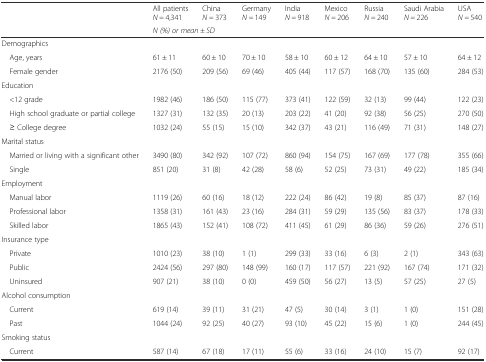
<table><thead><tr><td></td><td><b>All patients <i>N =</i> 4,341</b></td><td><b>China <i>N =</i> 373</b></td><td><b>Germany <i>N =</i> 149</b></td><td><b>India <i>N =</i> 918</b></td><td><b>Mexico <i>N =</i> 206</b></td><td><b>Russia <i>N =</i> 240</b></td><td><b>Saudi Arabia <i>N =</i> 226</b></td><td><b>USA <i>N =</i> 540</b></td></tr><tr><td></td><td colspan="8"><b><i>N (%) or mean ± SD</i></b></td></tr></thead><tbody><tr><td>Demographics</td><td></td><td></td><td></td><td></td><td></td><td></td><td></td><td></td></tr><tr><td> Age, years</td><td>61 ± 11</td><td>60 ± 10</td><td>70 ± 10</td><td>58 ± 10</td><td>60 ± 12</td><td>64 ± 10</td><td>57 ± 10</td><td>64 ± 12</td></tr><tr><td> Female gender</td><td>2176 (50)</td><td>209 (56)</td><td>69 (46)</td><td>405 (44)</td><td>117 (57)</td><td>168 (70)</td><td>135 (60)</td><td>284 (53)</td></tr><tr><td>Education</td><td></td><td></td><td></td><td></td><td></td><td></td><td></td><td></td></tr><tr><td> &lt;12 grade</td><td>1982 (46)</td><td>186 (50)</td><td>115 (77)</td><td>373 (41)</td><td>122 (59)</td><td>32 (13)</td><td>99 (44)</td><td>122 (23)</td></tr><tr><td> High school graduate or partial college</td><td>1327 (31)</td><td>132 (35)</td><td>20 (13)</td><td>203 (22)</td><td>41 (20)</td><td>92 (38)</td><td>56 (25)</td><td>270 (50)</td></tr><tr><td> ≥ College degree</td><td>1032 (24)</td><td>55 (15)</td><td>15 (10)</td><td>342 (37)</td><td>43 (21)</td><td>116 (49)</td><td>71 (31)</td><td>148 (27)</td></tr><tr><td>Marital status</td><td></td><td></td><td></td><td></td><td></td><td></td><td></td><td></td></tr><tr><td> Married or living with a significant other</td><td>3490 (80)</td><td>342 (92)</td><td>107 (72)</td><td>860 (94)</td><td>154 (75)</td><td>167 (69)</td><td>177 (78)</td><td>355 (66)</td></tr><tr><td> Single</td><td>851 (20)</td><td>31 (8)</td><td>42 (28)</td><td>58 (6)</td><td>52 (25)</td><td>73 (31)</td><td>49 (22)</td><td>185 (34)</td></tr><tr><td>Employment</td><td></td><td></td><td></td><td></td><td></td><td></td><td></td><td></td></tr><tr><td> Manual labor</td><td>1119 (26)</td><td>60 (16)</td><td>18 (12)</td><td>222 (24)</td><td>86 (42)</td><td>19 (8)</td><td>85 (37)</td><td>87 (16)</td></tr><tr><td> Professional labor</td><td>1358 (31)</td><td>161 (43)</td><td>23 (16)</td><td>284 (31)</td><td>59 (29)</td><td>135 (56)</td><td>83 (37)</td><td>178 (33)</td></tr><tr><td> Skilled labor</td><td>1865 (43)</td><td>152 (41)</td><td>108 (72)</td><td>411 (45)</td><td>61 (29)</td><td>86 (36)</td><td>59 (26)</td><td>276 (51)</td></tr><tr><td>Insurance type</td><td></td><td></td><td></td><td></td><td></td><td></td><td></td><td></td></tr><tr><td> Private</td><td>1010 (23)</td><td>38 (10)</td><td>1 (1)</td><td>299 (33)</td><td>33 (16)</td><td>6 (3)</td><td>2 (1)</td><td>343 (63)</td></tr><tr><td> Public</td><td>2424 (56)</td><td>297 (80)</td><td>148 (99)</td><td>160 (17)</td><td>117 (57)</td><td>221 (92)</td><td>167 (74)</td><td>171 (32)</td></tr><tr><td> Uninsured</td><td>907 (21)</td><td>38 (10)</td><td>0 (0)</td><td>459 (50)</td><td>56 (27)</td><td>13 (5)</td><td>57 (25)</td><td>27 (5)</td></tr><tr><td>Alcohol consumption</td><td></td><td></td><td></td><td></td><td></td><td></td><td></td><td></td></tr><tr><td> Current</td><td>619 (14)</td><td>39 (11)</td><td>31 (21)</td><td>47 (5)</td><td>30 (14)</td><td>3 (1)</td><td>1 (0)</td><td>151 (28)</td></tr><tr><td> Past</td><td>1044 (24)</td><td>92 (25)</td><td>40 (27)</td><td>93 (10)</td><td>45 (22)</td><td>15 (6)</td><td>1 (0)</td><td>244 (45)</td></tr><tr><td>Smoking status</td><td></td><td></td><td></td><td></td><td></td><td></td><td></td><td></td></tr><tr><td> Current</td><td>587 (14)</td><td>67 (18)</td><td>17 (11)</td><td>55 (6)</td><td>33 (16)</td><td>24 (10)</td><td>15 (7)</td><td>92 (17)</td></tr></tbody></table>